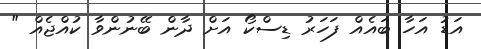
އަޑު އަހާ ބައެއް ފަހަރު ޑިސްކޯ އަށް ދާން ބޭނުންވާ ކުއްޖެއް "